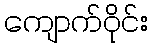
ကျောက်ဝိုင်း